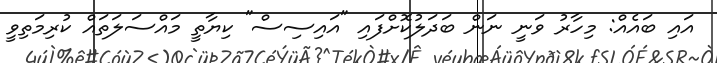
އައި ބައެއް: މިހާރު ވަނީ ނަން ބަދަލުކޮށްފައި "އައިސިސް" ކިޔާތީ މައްސަލަތައް ކުރިމަތިވީ